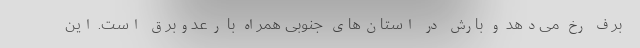
برف رخ می‌دهد و بارش در استان‌های جنوبی همراه با رعد‌وبرق است. این